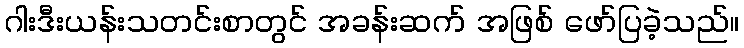
ဂါးဒီးယန်းသတင်းစာတွင် အခန်းဆက် အဖြစ် ဖော်ပြခဲ့သည်။